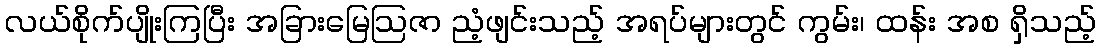
လယ်စိုက်ပျိုးကြပြီး အခြားမြေဩဇာ ညံ့ဖျင်းသည့် အရပ်များတွင် ကွမ်း၊ ထန်း အစ ရှိသည့်